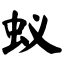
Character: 蚁